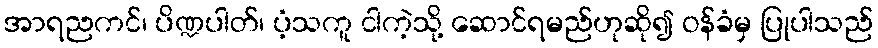
အာရညကင်၊ ပိဏ္ဍပါတ်၊ ပံ့သကူ ငါကဲ့သို့ ဆောင်ရမည်ဟုဆို၍ ဝန်ခံမှ ပြုပါသည်